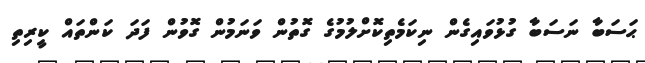
ޙަސަބާ ނަސަބާ ގުޅުވައިގެން ނިކަމެތިކޮށްލުމުގެ ގޮތުން ވަނަމުން ގޮވުން ފަދަ ކަންތައް ކީރިތި